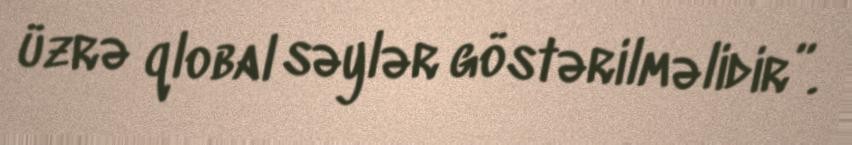
üzrə qlobal səylər göstərilməlidir”.